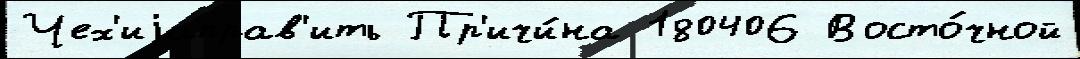
Чех'иjаправ'ить Пр'ичи́на 180406 Восто́чной